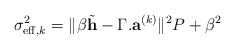
\begin{align*}\sigma^2_{\mathrm{eff},k}=\|\beta\tilde{\mathbf{h}}-\Gamma.\mathbf{a}^{(k)}\|^2P+\beta^2\end{align*}